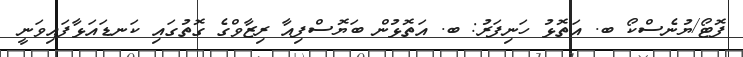
ފޮޓޯ/ޔުނެސްކޯ ބ. އަތޮޅު ހަނިފަރު: ބ. އަތޮޅުން ބަޔޮސްފިއާ ރިޒާވްގެ ގޮތުގައި ކަނޑައަޅާފައިވަނީ